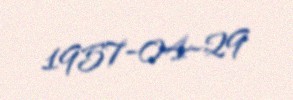
1957-04-29